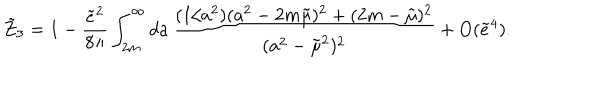
\tilde { Z } _ { 3 } = 1 - \frac { \tilde { e } ^ { 2 } } { 8 \pi } \int _ { 2 m } ^ { \infty } d a \, \frac { ( 1 / a ^ { 2 } ) ( a ^ { 2 } - 2 m \tilde { \mu } ) ^ { 2 } + ( 2 m - \tilde { \mu } ) ^ { 2 } } { ( a ^ { 2 } - \tilde { \mu } ^ { 2 } ) ^ { 2 } } + O ( \tilde { e } ^ { 4 } ) .